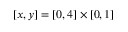
[ x , y ] = [ 0 , 4 ] \times [ 0 , 1 ]